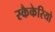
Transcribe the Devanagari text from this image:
स्कैकेरियो